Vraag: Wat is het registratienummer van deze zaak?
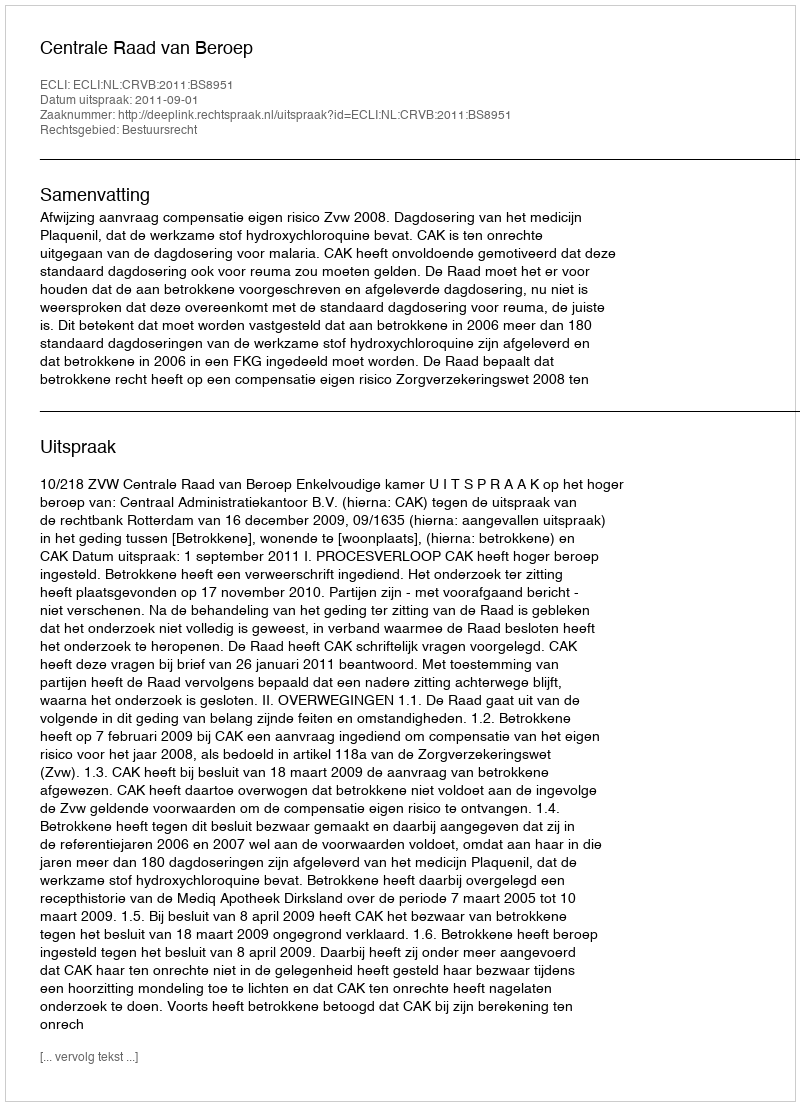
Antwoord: http://deeplink.rechtspraak.nl/uitspraak?id=ECLI:NL:CRVB:2011:BS8951